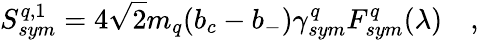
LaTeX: S_{sym}^{q,1}=4\sqrt{2}m_{q}(b_{c}-b_{-})\gamma_{sym}^{q}F_{sym}^{q}(\lambda)\quad,